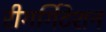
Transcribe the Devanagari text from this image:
रीगर्गिटेशन